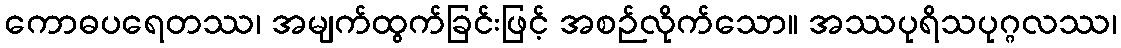
ကောဓပရေတဿ၊ အမျက်ထွက်ခြင်းဖြင့် အစဉ်လိုက်သော။ အဿပုရိသပုဂ္ဂလဿ၊